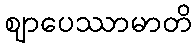
ဈာပေဿာမာတိ